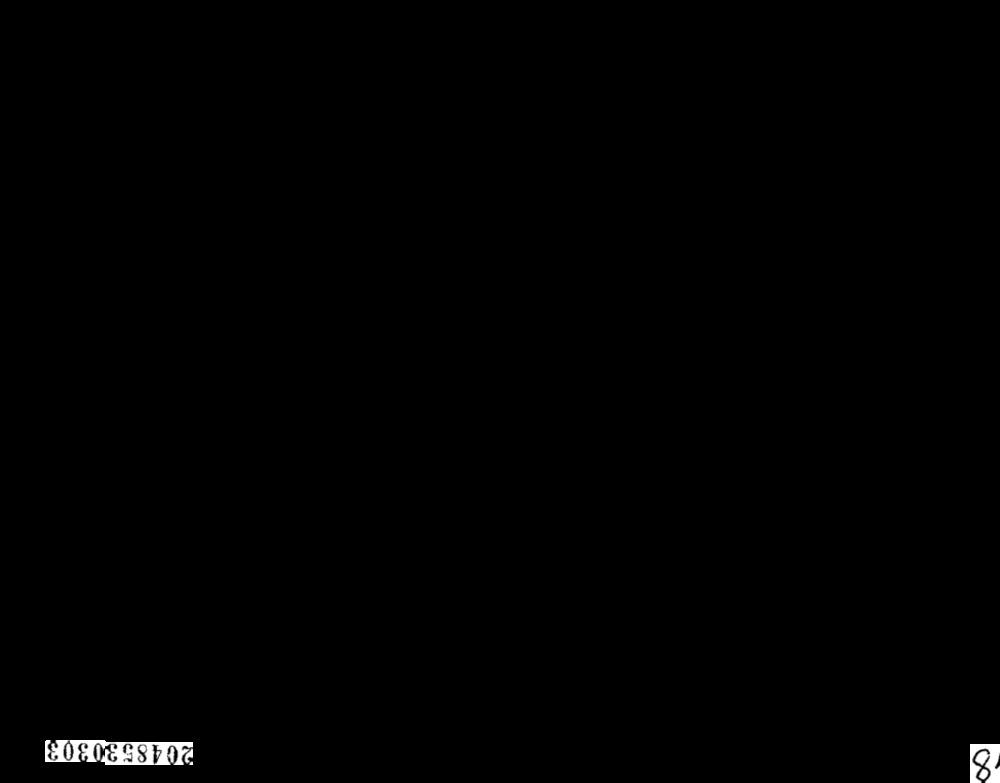
2048530303
8